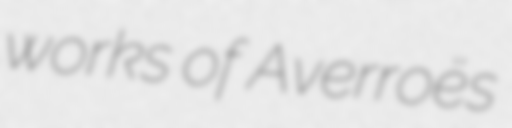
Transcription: works of Averroës